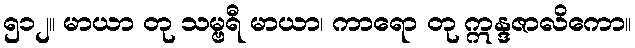
၅၁၂။ မာယာ တု သမ္ဗရီ မာယာ၊ ကာရော တု ဣန္ဒဇာလိကော။